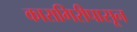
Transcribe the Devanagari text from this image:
कारागिरीपासून